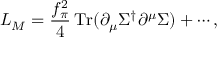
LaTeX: { \cal L } _ { M } = \frac { f _ { \pi } ^ { 2 } } { 4 } \, \mathrm { T r } ( \partial _ { \mu } \Sigma ^ { \dagger } \partial ^ { \mu } \Sigma ) + \cdots ,